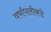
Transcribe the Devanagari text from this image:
वर्षांपलीकडे